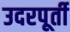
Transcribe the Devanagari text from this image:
उदरपूर्ती